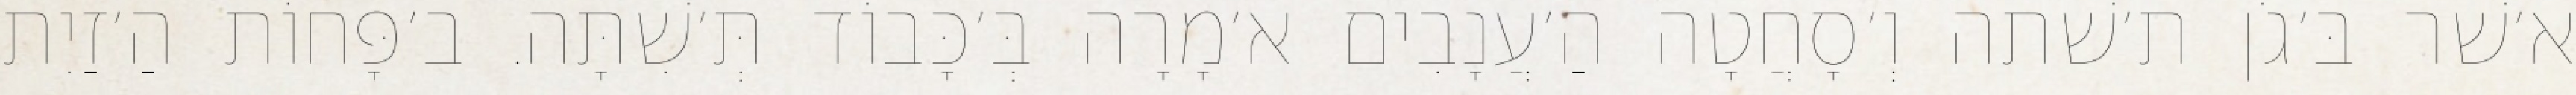
א׳שׁר בּ׳גֹן ת׳שׁתה וְ׳סָחֲטָה הַ׳עֲנָבִים א׳מָרָה בְּ׳כָּבוֹד תְּ׳שִׁתָּה. ב׳פָּחוֹת הַ׳זַיִת